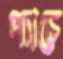
প্যাচে